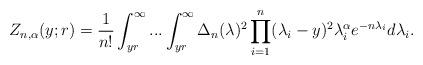
LaTeX: \begin{align*}Z_{n,\alpha}(y;r) = \frac{1}{n!} \int_{yr}^\infty ... \int_{yr}^\infty \Delta_n(\lambda)^2 \prod_{i=1}^{n} (\lambda_i - y)^2 \lambda_i^\alpha e^{- n \lambda_{i}} d\lambda_i.\end{align*}